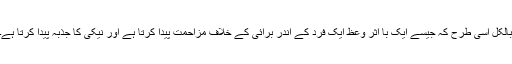
بالکل اسی طرح کہ جیسے ایک با اثر وعظ ایک فرد کے اندر برائی کے خلاف مزاحمت پیدا کرتا ہے اور نیکی کا جذبہ پیدا کرتا ہے۔